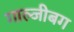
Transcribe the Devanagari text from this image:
गाल्जीबग